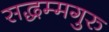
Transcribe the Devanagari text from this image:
सद्धम्मगुरु